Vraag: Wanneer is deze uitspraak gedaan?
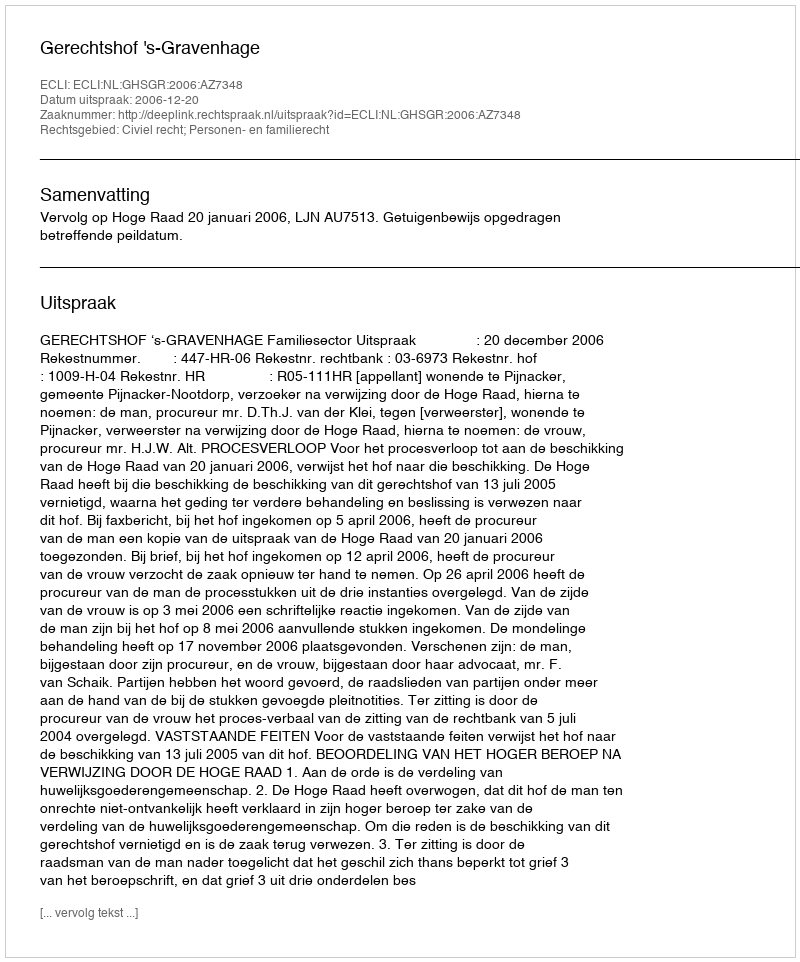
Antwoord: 2006-12-20